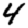
Digit: 4